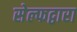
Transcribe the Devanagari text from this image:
सेल्फद्वारा